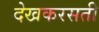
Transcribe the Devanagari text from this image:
देखकरसती